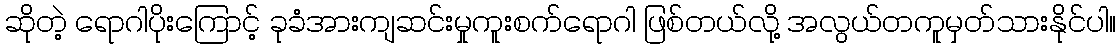
ဆိုတဲ့ ရောဂါပိုးကြောင့် ခုခံအားကျဆင်းမှုကူးစက်ရောဂါ ဖြစ်တယ်လို့ အလွယ်တကူမှတ်သားနိုင်ပါ။